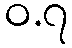
ဝ.၇